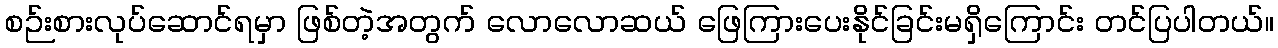
စဉ်းစားလုပ်ဆောင်ရမှာ ဖြစ်တဲ့အတွက် လောလောဆယ် ဖြေကြားပေးနိုင်ခြင်းမရှိကြောင်း တင်ပြပါတယ်။